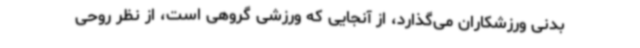
بدنی ورزشکاران می‌گذارد، از آنجایی که ورزشی گروهی است، از نظر روحی